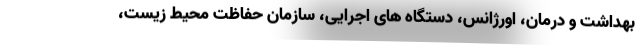
بهداشت و درمان، اورژانس، دستگاه های اجرایی، سازمان حفاظت محیط زیست،